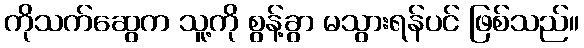
ကိုသက်ဆွေက သူ့ကို စွန့်ခွာ မသွားရန်ပင် ဖြစ်သည်။